Civil Veterinary Department Bihar reports 1940-50 - 1940-1950
Year: 1940
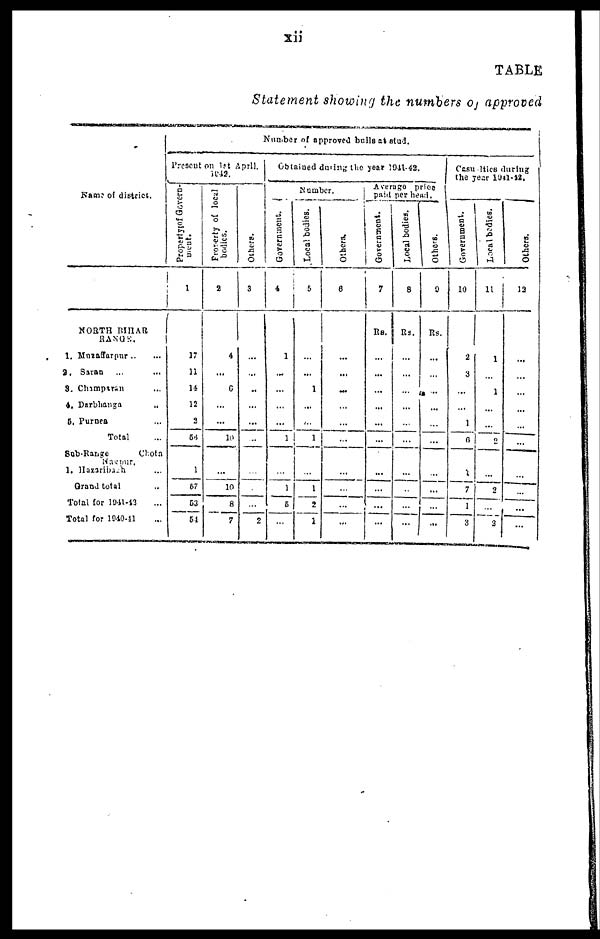
xii
TABLE
Statement showing the numbers of approved
Name of district.
NORTH BIHAR
RANGE.
1. Muzaffarpur .. ...
2. Saran ... ...
3. Champaran ...
4. Darbhanga ..
5. Purnea ...
Total ...
Sub-Range
Chota
Nagpur.
1. Hazaribagh ...
Grand total ..
Total for 1941-42 ...
Total for 1040-41 ...
Number of approved bulls at stud.
Present on 1st April.
1842
Property of Govern-
1
17
11
14
12
2
56
1
57
53
54
Property of local
bodies.
2
4
...
6
...
...
10
...
10
8
7
Others.
3
...
...
..
...
...
...
...
...
...
2
Obtained during the year 1941-42.
Number.
Government.
4
1
...
...
...
...
1
...
1
5
...
Local bodies.
5
...
...
1
...
...
1
...
1
2
1
Others.
6
...
...
...
...
...
...
...
...
...
...
Average
price
paid per head.
Government.
7
Rs.
...
...
...
...
...
...
...
...
...
...
Local bodies.
8
Rs.
...
...
...
...
...
...
...
...
...
...
Others.
9
Rs.
...
...
...
...
...
...
...
...
...
...
Casualties during
the year 1941-42.
Government.
10
2
3
...
...
1
6
...
7
1
3
Local bodies.
11
1
...
1
...
...
2
...
2
...
2
Others.
12
...
...
...
...
...
...
...
...
...
...